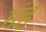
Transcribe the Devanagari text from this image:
मंह